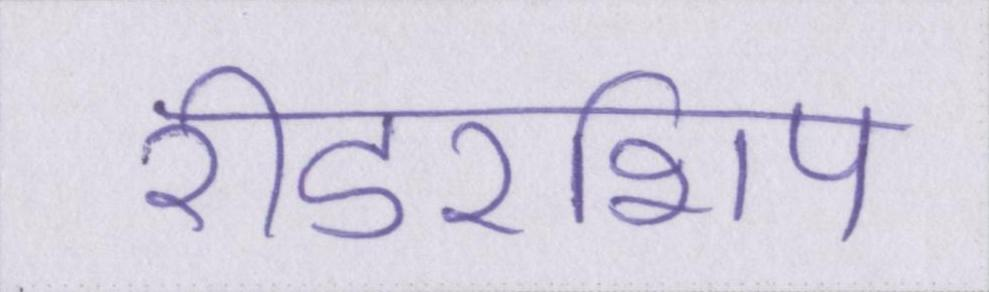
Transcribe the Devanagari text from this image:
रीडरशिप